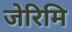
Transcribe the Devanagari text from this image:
जेरिमि